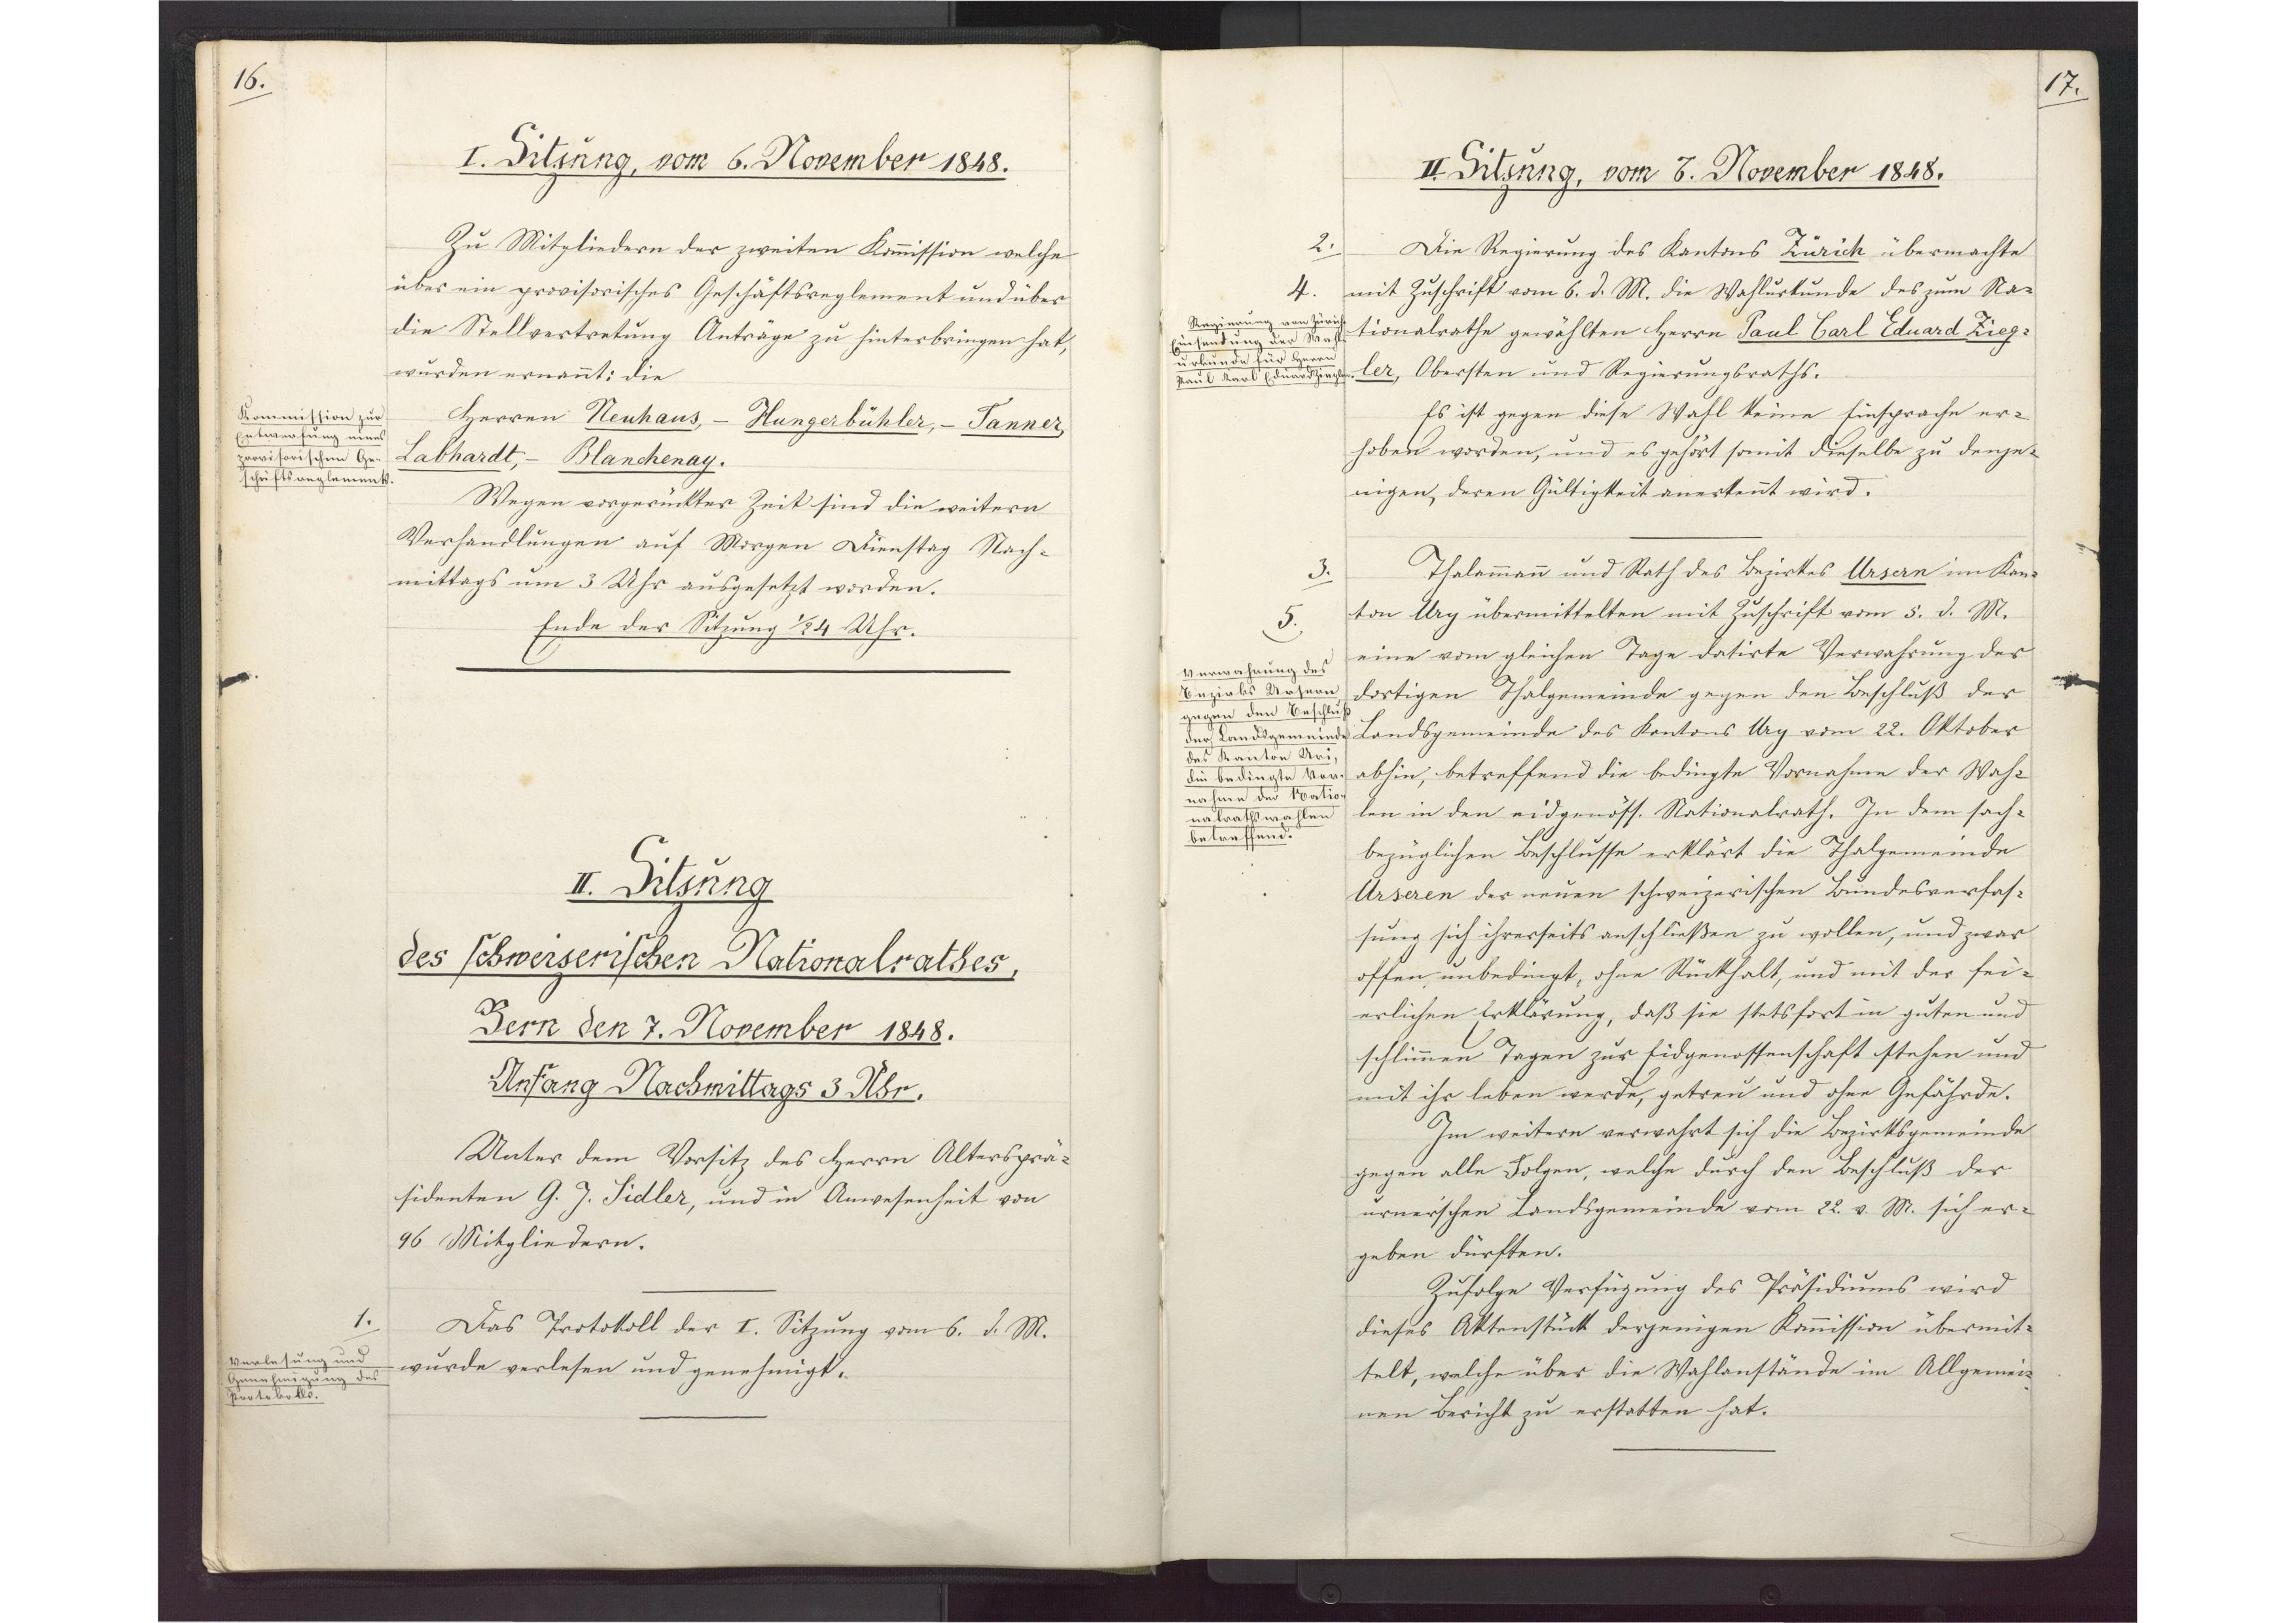
II. Sitzung
des schweizerischen Nationalrathes,
Bern den 7. November 1848.
Anfang Nachittags 3 Uhr.

Unter dem Vorsitz des Herrn Altersprä¬
sidenten G. J. Sidler, und in Anwesenheit von
96 Mitgliedern.
Das Protokoll der I. Sitzung vom 6. d. M.
wurde verlesen und genehmigt.

1.
Verlesung und
Genehmigung des
Protokolls.

17.

II. Sitzung, vom 7. November 1848.

Die Regierung des Kantons Zürich übermachte
mit Zuschrift vom 6. d. M. die Wahlurkunde des zum Na¬
tionalrathe gewählten Herrn Paul Carl Eduard Zieg¬
ler, Obersten und Regierungsraths.
Es ist gegen diese Wahl keine Einsprache er¬
hoben worden, und es gehört somit dieselbe zu denje¬
nigen, deren Gültigkeit anerkennt wird.
Thalammann und Rath des Bezirkes Ursern im Kan¬
ton Ury übermittelten mit Zuschrift vom 5. d. M.
eine vom gleichen Tage datirte Verwahrung der
dortigen Thalgemeinde gegen den Beschluß der
Landsgemeinde des Kantons Ury vom 22. Oktober
abhin, betreffend die bedingte Vornahme der Wah¬
len in den eidgenöss. Nationalrath. In dem sach¬
bezüglichen Beschlusse erklärt die Thalgemeinde
Urseren der neuen schweizerischen Bundesverfas¬
sung sich ihrerseits anschließen zu wollen, und zwar
offen, unbedingt, ohne Rückhalt, und mit der fei¬
erlichen Erklärung, daß sie stetsfort in guten und
schlimmen Tagen zur Eidgenossenschaft stehen und
mit ihr leben werde, getreu und ohne Gefährde.
Im weitern verwahrt sich die Bezirksgemeinde
gegen alle Folgen, welche durch den Beschluß der
urnerischen Landsgemeinde vom 22. v. M. sich er¬
geben dürften.
Zufolge Verfügung des Präsidiums wird
dieses Aktenstück derjenigen Kommission übermit¬
telt, welche über die Wahlanstände im Allgemei¬
nen Bericht zu erstatten hat.

2.
4.
Regierung von Zürich
Einsendung der Wahl¬
urkunde für Herrn
Paul Karl Eduard Ziegler.

3.
5.
Verwahrung des
Bezirks Ursern
gegen den Beschluß
der Landsgemeinde
des Kanton Uri,
die bedingte Ver¬
nahme der Natio¬
nalrathswahlen
betreffend.